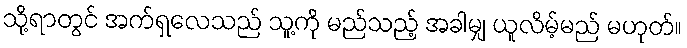
သို့ရာတွင် အက်ရှလေသည် သူ့ကို မည်သည့် အခါမျှ ယူလိမ့်မည် မဟုတ်။